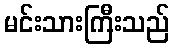
မင်းသားကြီးသည်